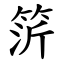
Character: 䇵